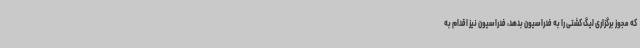
که مجوز برگزاری لیگ کشتی را به فدراسیون بدهد، فدراسیون نیز اقدام به